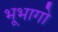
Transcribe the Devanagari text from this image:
भूभागो